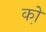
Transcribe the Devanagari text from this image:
को़